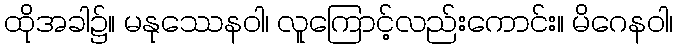
ထိုအခါ၌။ မနုဿေနဝါ၊ လူကြောင့်လည်းကောင်း။ မိဂေနဝါ၊